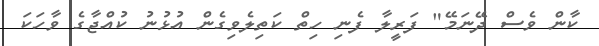
ކާން ވެސް ދޭނަމޭ" ފަރީލާ ފެނި ހިތް ކަތިލެވިގެން އުޅުނު ކުއްޖާގެ ވާހަކަ